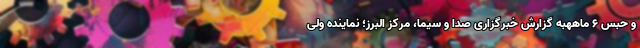
و حبس ۶ ماههبه گزارش خبرگزاری صدا و سیما، مرکز البرز؛ نماینده ولی